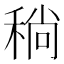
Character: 𬓮